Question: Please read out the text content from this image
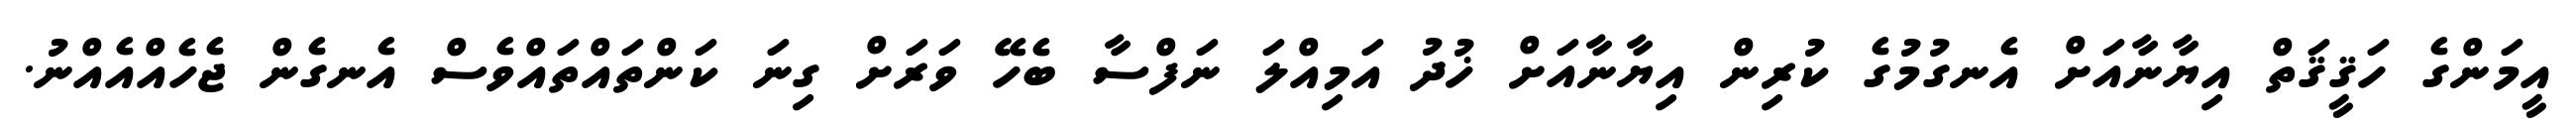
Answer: އީމަންގެ ހަޤީޤަތް އިޔާނާއަށް އެނގުމުގެ ކުރިން އިޔާނާއަށް ޚުދު އަމިއްލަ ނަފްސާ ބެހޭ ވަރަށް ގިނަ ކަންތައްތައްވެސް އެނގެން ޖެހެއްއެއްނު.